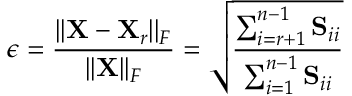
\epsilon = \frac { | | \mathbf { X } - \mathbf { X } _ { r } | | _ { F } } { | | \mathbf { X } | | _ { F } } = \sqrt { \frac { \sum _ { i = r + 1 } ^ { n - 1 } \mathbf { S } _ { i i } } { \sum _ { i = 1 } ^ { n - 1 } \mathbf { S } _ { i i } } }